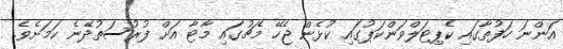
އަންނަ ހަފުތާގައި ކެޕިޓަލްވަންކަޕުގައި ކުޅެން ޖެހޭ މެޗުގައި މާޓާ އަށް ފުރުސަތުދޭނެ ކަމަށެވެ.